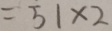
= 5 1 \times 2